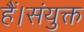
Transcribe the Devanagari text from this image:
हैं।संयुक्त